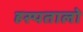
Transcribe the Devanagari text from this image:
हस्पतालो